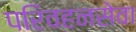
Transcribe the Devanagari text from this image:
परिवहनसेवा